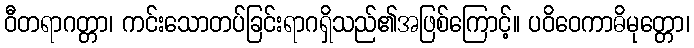
ဝီတရာဂတ္တာ၊ ကင်းသောတပ်ခြင်းရာဂရှိသည်၏အဖြစ်ကြောင့်။ ပဝိဝေကာဓိမုတ္တော၊